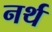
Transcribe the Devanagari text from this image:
नर्थ